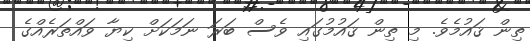
ތިން ޤައުމެވެ. މި ތިން ޤައުމުގައި ވެސް ބަރަ ނަމަކަށް ކިޔާ ވައްތަރެއްގެ